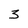
Character: 3